Scottish Certificate of Education, 1963
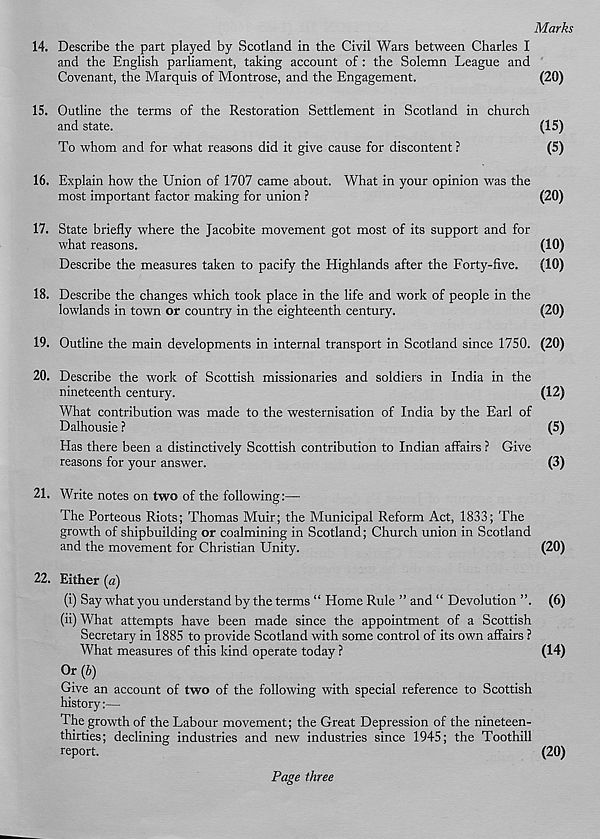
Marks
14. Describe the part played by Scotland in the Civil Wars between Charles I
and the English parliament, taking account of: the Solemn League and
Covenant, the Marquis of Montrose, and the Engagement.
(20)
15. Outline the terms of the Restoration Settlement in Scotland in church
and state.
(15)
To whom and for what reasons did it give cause for discontent ?
(5)
16. Explain how the Union of 1707 came about. What in your opinion was the
most important factor making for union ?
(20)
17. State briefly where the Jacobite movement got most of its support and for
what reasons.
(10)
Describe the measures taken to pacify the Highlands after the Forty-five.
(10)
18. Describe the changes which took place in the life and work of people in the
lowlands in town or country in the eighteenth century.
(20)
19. Outline the main developments in internal transport in Scotland since 1750. (20)
20. Describe the work of Scottish missionaries and soldiers in India in the
nineteenth century.
(12)
What contribution was made to the westernisation of India by the Earl of
Dalhousie ?
(5)
Has there been a distinctively Scottish contribution to Indian affairs ? Give
reasons for your answer.
(3)
21. Write notes on two of the following:—
The Porteous Riots; Thomas Muir; the Municipal Reform Act, 1833; The
growth of shipbuilding or coalmining in Scotland; Church union in Scotland
and the movement for Christian Unity.
(20)
22. Either (a)
(i) Say what you understand by the terms “ Home Rule ” and “ Devolution ”. (6)
(ii) What attempts have been made since the appointment of a Scottish
Secretary in 1885 to provide Scotland with some control of its own affairs ?
What measures of this kind operate today ?
(14)
Or (6)
Give an account of two of the following with special reference to Scottish
history:—
The growth of the Labour movement; the Great Depression of the nineteen-
thirties; declining industries and new industries since 1945; the Toothill
report.
(20)
Page three